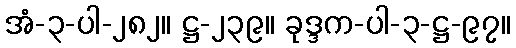
အံ-၃-ပါ-၂၈၂။ ဋ္ဌ-၂၃၉။ ခုဒ္ဒက-ပါ-၃-ဋ္ဌ-၉၇။